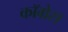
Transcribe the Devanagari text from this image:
काॅग्रेेस